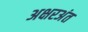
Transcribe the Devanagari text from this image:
अक्षरअंत